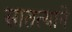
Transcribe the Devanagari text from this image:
सातत्‍याने